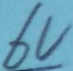
Text: 6V